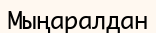
Мыңаралдан